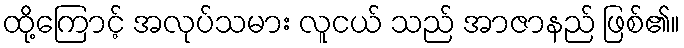
ထို့ကြောင့် အလုပ်သမား လူငယ် သည် အာဇာနည် ဖြစ်၏။